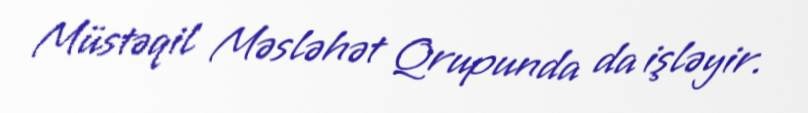
Müstəqil Məsləhət Qrupunda da işləyir.